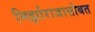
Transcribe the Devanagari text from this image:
मिर्झाराजासोबत